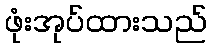
ဖုံးအုပ်ထားသည်